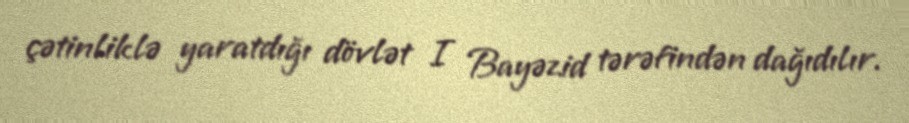
çətinliklə yaratdığı dövlət I Bayəzid tərəfindən dağıdılır.